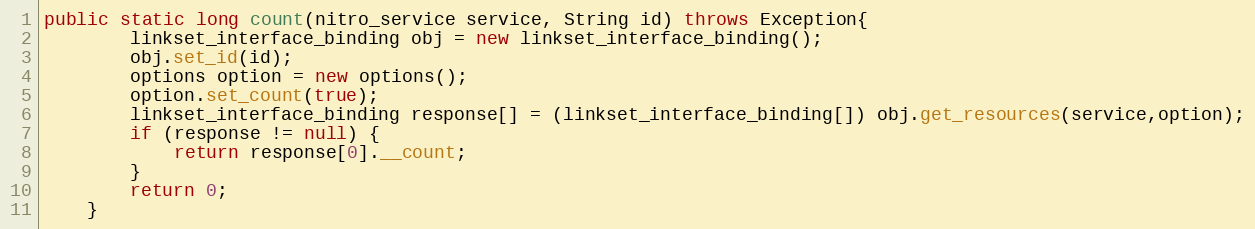
Language: Java
public static long count(nitro_service service, String id) throws Exception{
		linkset_interface_binding obj = new linkset_interface_binding();
		obj.set_id(id);
		options option = new options();
		option.set_count(true);
		linkset_interface_binding response[] = (linkset_interface_binding[]) obj.get_resources(service,option);
		if (response != null) {
			return response[0].__count;
		}
		return 0;
	}